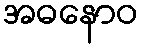
အဓနောဝ